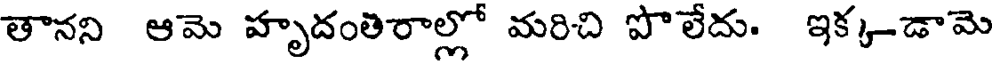
తానని ఆమె హృదంతిరాల్లో మరిచి పొలేదు. ఇక్కడామె